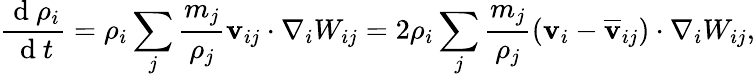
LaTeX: \frac{\mathrm{~d~}\rho_{i}}{\mathrm{~d~}t}=\rho_{i}\sum_{j}\frac{m_{j}}{\rho_{j}}\mathbf{v}_{ij}\cdot\nabla_{i}W_{ij}=2\rho_{i}\sum_{j}\frac{m_{j}}{\rho_{j}}(\mathbf{v}_{i}-\mathbf{\overline{{v}}}_{ij})\cdot\nabla_{i}W_{ij},